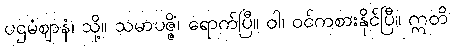
ပဌမံဈာနံ၊ သို့။ သမာပဇ္ဇိံ၊ ရောက်ပြီ။ ဝါ၊ ဝင်ကစားနိုင်ပြီ။ ဣတိ